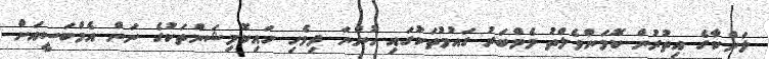
ލަންކާގެ އިތުރުން ކޮމަންވެލްތު މެމްބަރު ގައުމުތަކުގައި ހުންނަ ދިވެހި ހައިކޮމިޝަންތަކުގެ ނަން އެމްބަސީއަށް